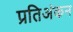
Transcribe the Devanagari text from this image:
प्रतिअंकन